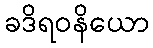
ခဒိရဝနိယော